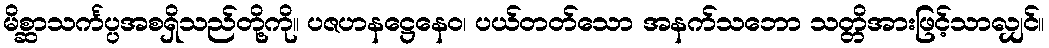
မိစ္ဆာသင်္ကပ္ပအစရှိသည်တို့ကို။ ပဇဟနဋ္ဌေနေဝ၊ ပယ်တတ်သော အနက်သဘော သတ္တိအားဖြင့်သာလျှင်။